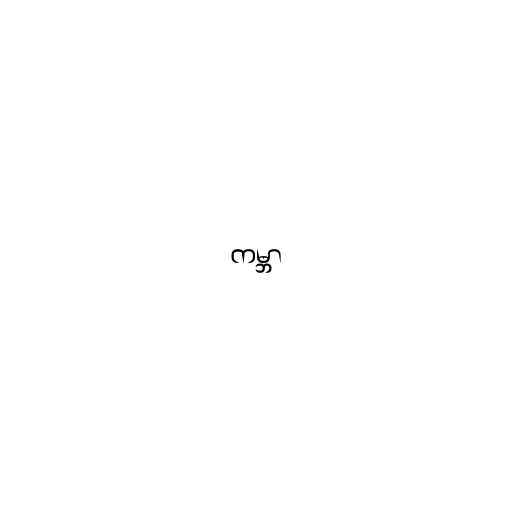
ကမ္ဘာ